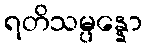
ရတိသမ္ပန္နော